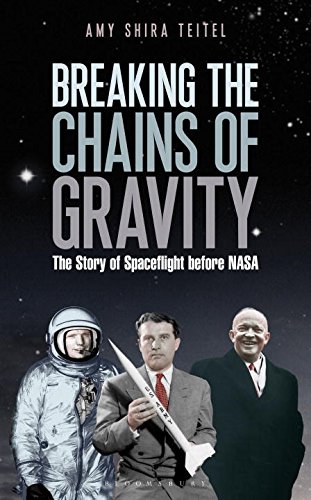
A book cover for Breaking the Chains of Gravity: The Story of Spaceflight before NASA; Amy Shira Teitel; Engineering & Transportation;